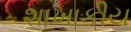
શાખાકીય